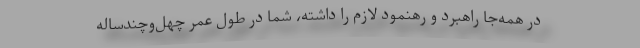
در همه‌جا راهبرد و رهنمود لازم را داشته، شما در طول عمر چهل‌وچندساله